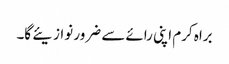
براہ کرم اپنی رائے سے ضرور نوازیئے گا۔